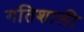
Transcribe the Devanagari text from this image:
गतिशाली